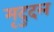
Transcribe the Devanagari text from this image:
मृदुदल